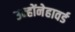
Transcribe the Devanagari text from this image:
उन्होंनेहावर्ड